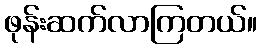
ဖုန်းဆက်လာကြတယ်။